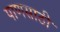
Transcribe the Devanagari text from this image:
पाणसाठी